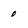
Character: 0